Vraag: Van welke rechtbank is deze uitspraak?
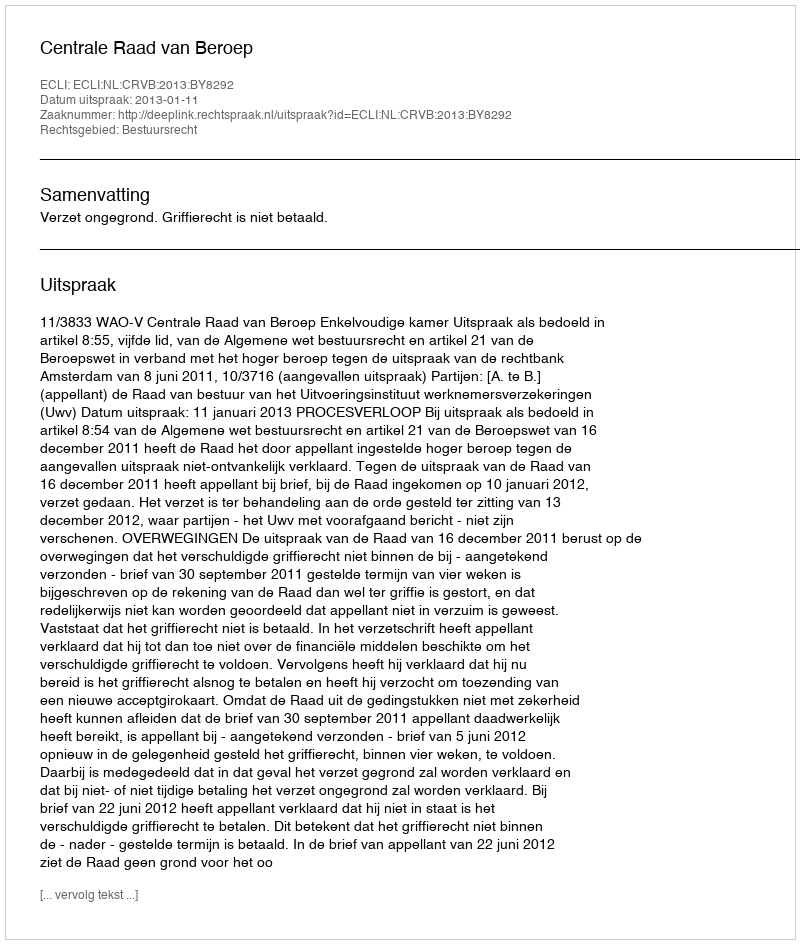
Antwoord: Centrale Raad van Beroep